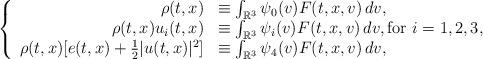
LaTeX: \begin{align*}\left\{\begin{array}{rl}\rho(t,x)&\equiv\int_{\mathbb{R}^{3}}\psi_{0}(v)F(t,x,v)\,dv,\\\rho(t,x) u_{i}(t,x)&\equiv\int_{\mathbb{R}^{3}}\psi_{i}(v)F(t,x,v)\,dv, \mbox{for $i=1,2,3$,}\\\rho(t,x)[e(t,x)+\frac{1}{2}|u(t,x)|^{2}]&\equiv\int_{\mathbb{R}^{3}}\psi_{4}(v)F(t,x,v)\,dv,\end{array} \right.\end{align*}